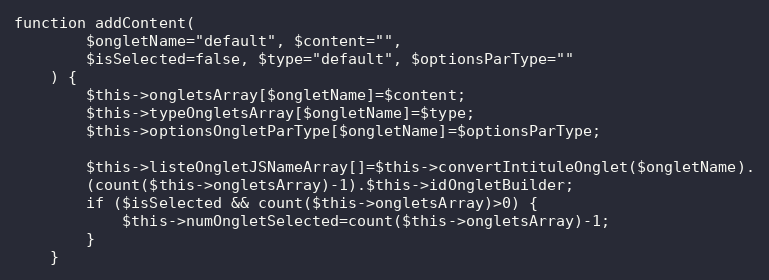
Language: PHP
function addContent(
        $ongletName="default", $content="",
        $isSelected=false, $type="default", $optionsParType=""
    ) {
        $this->ongletsArray[$ongletName]=$content;
        $this->typeOngletsArray[$ongletName]=$type;
        $this->optionsOngletParType[$ongletName]=$optionsParType;

        $this->listeOngletJSNameArray[]=$this->convertIntituleOnglet($ongletName).
        (count($this->ongletsArray)-1).$this->idOngletBuilder;
        if ($isSelected && count($this->ongletsArray)>0) {
            $this->numOngletSelected=count($this->ongletsArray)-1;
        }
    }